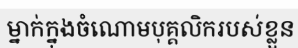
ម្នាក់ក្នុងចំណោមបុគ្គលិករបស់ខ្លួន